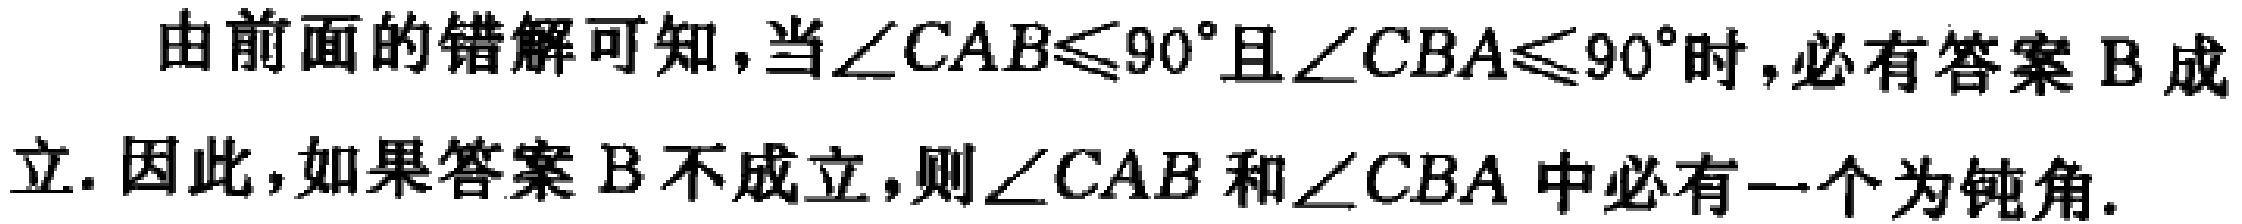
由前面的错解可知，当\(\angle CAB\leqslant90^{\circ}\)且\(\angle CBA\leqslant90^{\circ}\)时，必有答案\(B\)成立. 因此，如果答案\(B\)不成立，则\(\angle CAB\)和\(\angle CBA\)中必有一个为钝角.